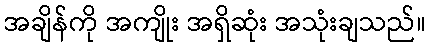
အချိန်ကို အကျိုး အရှိဆုံး အသုံးချသည်။